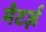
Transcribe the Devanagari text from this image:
मेटर्ज़